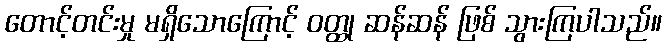
တောင့်တင်းမှု မရှိသောကြောင့် ဝတ္ထု ဆန်ဆန် ဖြစ် သွားကြပါသည်။